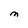
Character: M